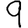
Digit: 9